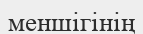
меншігінің